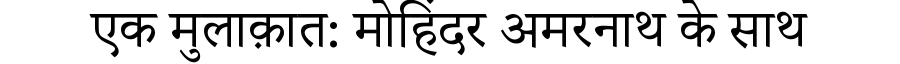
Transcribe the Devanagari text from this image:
एक मुलाक़ात: मोहिंदर अमरनाथ के साथ